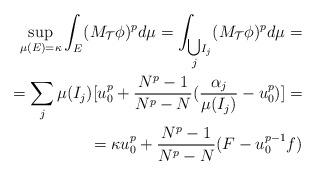
LaTeX: \begin{align*}\sup_{\mu(E)=\kappa}\int_{E}(M_{\mathcal{T}}\phi)^{p}d\mu=\int_{{\textstyle\bigcup\limits_{j}}I_{j}}(M_{\mathcal{T}}\phi)^{p}d\mu=\\=\sum_{j}\mu(I_{j})[u_{0}^{p}+\frac{N^{p}-1}{N^{p}-N}(\frac{\alpha_{j}}{\mu(I_{j})}-u_{0}^{p})]=\\=\kappa u_{0}^{p}+\frac{N^{p}-1}{N^{p}-N}(F-u_{0}^{p-1}f)\end{align*}